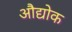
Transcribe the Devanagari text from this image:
औद्योक